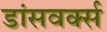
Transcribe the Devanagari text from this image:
डांसवर्क्स